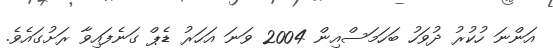
އަންނަ ހުކުރު ދުވަހު ބަހަމަސްއިން 2004 ވަނަ އަހަރު ޑެޕް ގަނެފައިވާ ރަށުގައެވެ.